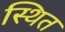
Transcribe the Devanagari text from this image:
स्थित